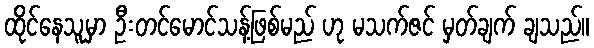
ထိုင်နေသူမှာ ဦးတင်မောင်သန့်ဖြစ်မည် ဟု မသက်ဇင် မှတ်ချက် ချသည်။